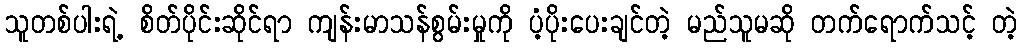
သူတစ်ပါးရဲ့ စိတ်ပိုင်းဆိုင်ရာ ကျန်းမာသန်စွမ်းမှုကို ပံ့ပိုးပေးချင်တဲ့ မည်သူမဆို တက်ရောက်သင့် တဲ့